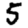
Digit: 5